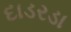
દાડરડા